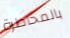
بالمخاطرة